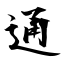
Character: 通